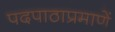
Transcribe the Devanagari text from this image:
पदपाठाप्रमाणें